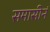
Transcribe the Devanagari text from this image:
समासीनं